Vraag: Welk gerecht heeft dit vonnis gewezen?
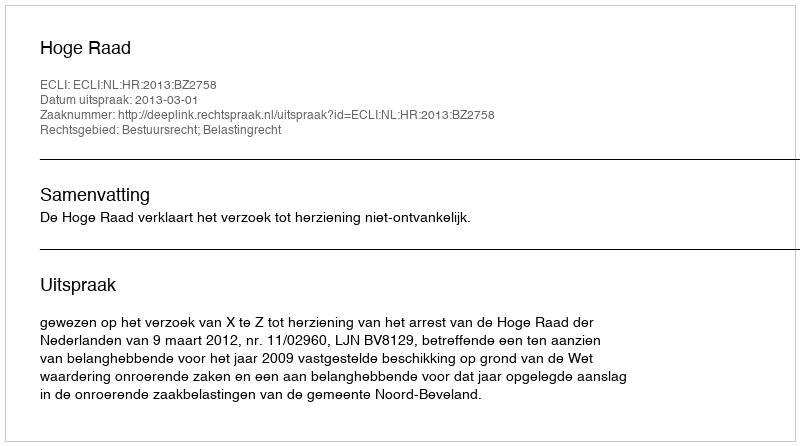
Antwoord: Hoge Raad